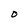
Character: O